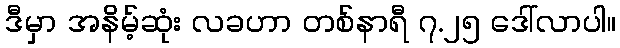
ဒီမှာ အနိမ့်ဆုံး လခဟာ တစ်နာရီ ၇.၂၅ ဒေါ်လာပါ။